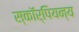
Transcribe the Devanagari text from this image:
स्कॉर्पियन्य